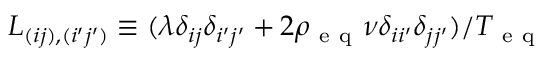
L _ { ( i j ) , ( i ^ { \prime } j ^ { \prime } ) } \equiv ( \lambda \delta _ { i j } \delta _ { i ^ { \prime } j ^ { \prime } } + 2 \rho _ { \mathrm { ~ e ~ q ~ } } \nu \delta _ { i i ^ { \prime } } \delta _ { j j ^ { \prime } } ) / { T _ { \mathrm { ~ e ~ q ~ } } }